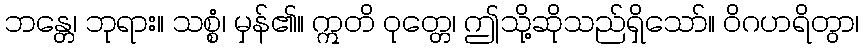
ဘန္တေ၊ ဘုရား။ သစ္စံ၊ မှန်၏။ ဣတိ ဝုတ္တေ၊ ဤသို့ဆိုသည်ရှိသော်။ ဝိဂဟရိတွာ၊